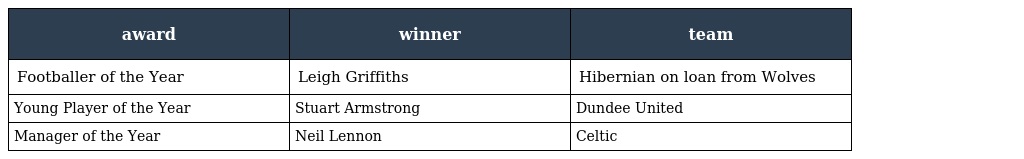
| award | winner | team |
 | --- | --- | --- |
 | Footballer of the Year | Leigh Griffiths | Hibernian on loan from Wolves |
 | Young Player of the Year | Stuart Armstrong | Dundee United |
 | Manager of the Year | Neil Lennon | Celtic |